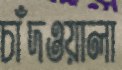
চাঁদওয়ালা